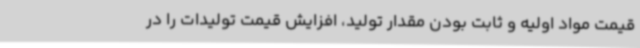
قیمت مواد اولیه و ثابت بودن مقدار تولید، افزایش قیمت تولیدات را در